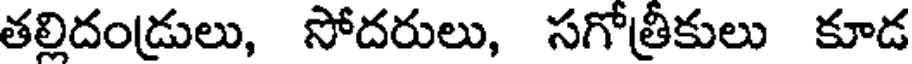
తల్లిదండ్రులు, సోదరులు, సగోత్రీకులు కూడ